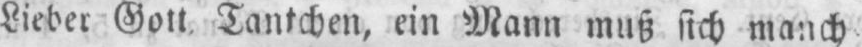
Lieber Gott Tantchen, ein Mann muß sich manch